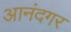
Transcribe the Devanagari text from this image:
आनंदगर